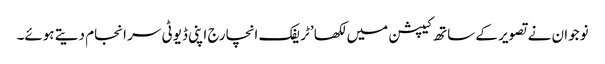
نوجوان نے تصویر کے ساتھ کیپشن میں لکھا ’ٹریفک انچارج اپنی ڈیوٹی سر انجام دیتے ہوئے۔